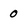
Character: 0